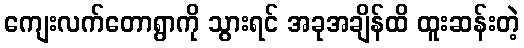
ကျေးလက်တောရွာကို သွားရင် အခုအချိန်ထိ ထူးဆန်းတဲ့